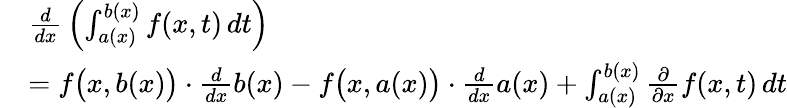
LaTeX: {\begin{array}{rl}&{{\frac{d}{dx}}\left(\int_{a(x)}^{b(x)}f(x,t)\, dt\right)}\\ &{=f{\big(}x,b(x){\big)}\cdot{\frac{d}{dx}}b(x)-f{\big(}x,a(x){\big)}\cdot{\frac{d}{dx}}a(x)+\int_{a(x)}^{b(x)}{\frac{\partial}{\partial x}}f(x,t)\, dt}\end{array}}